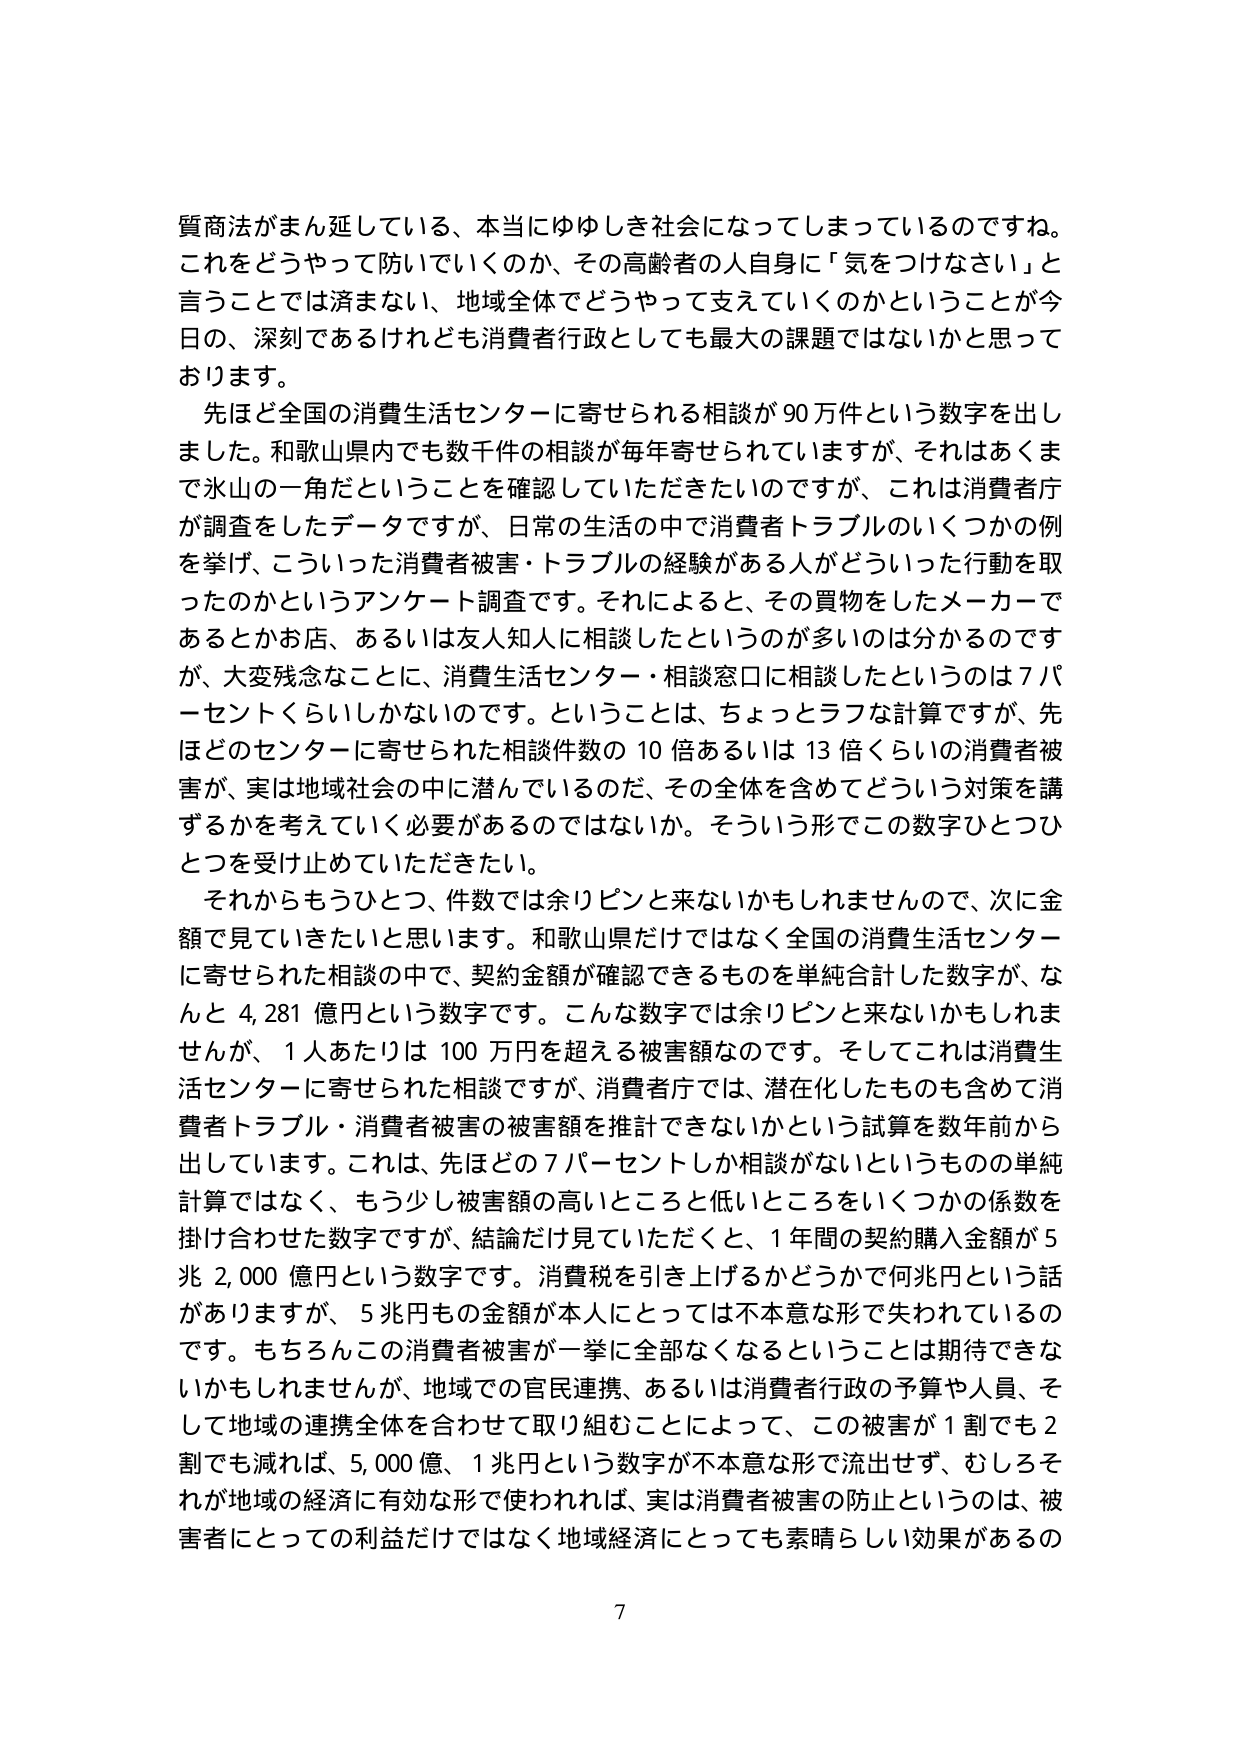
質商法がまん延している、本当にゆゆしき社会になってしまっているのですね。これをどうやって防いでいくのか、その高齢者の人自身に「気をつけてください」と言うことででは済まない、地域全体でどうやって支えていくのかということが今日の、深刻であるけれども消費者行政としても最大の課題ではないかと思っております。

先ほど全国の消費生活センターに寄せられる相談が90万件という数字を出しました。和歌山県内でも数千件の相談が毎年寄せられていますが、それはあくまで氷山の一角だということを確認していただきたいのですが、これは消費者庁が調査をしたデータですが、日常の生活の中で消費者トラブルのいくつかの例を挙げ、こういった消費者被害・トラブルの経験がある人がどういった行動を取ったのかというアンケート調査です。それによると、その買物をしたメーカーであるとかお店、あるいは友人知人に相談したというのが多いのは分かるのですが、大変残念なことに、消費生活センター・相談窓口に相談したというのは7パーセントくらいしかないのです。ということは、ちょっとラフな計算ですが、先ほどのセンターに寄せられた相談件数の10倍あるいは13倍くらいの消費者被害が、実は地域社会の中に潜んでいるのだ、その全体を含めてどういう対策を講ずるかを考えていく必要があるのではないでしょうか。そういう形でこの数字ひとつひとつを受け止めていただきたい。

それからもうひとつ、件数では余りピンと来ないかもしれませんが、次に金額で見ていきたいと思います。和歌山県だけではなく全国の消費生活センターに寄せられた相談の中で、契約金額が確認できるものを単純合計した数字が、なんと4,281億円という数字です。こんな数字では余りピンと来ないかもしれませんが、1人あたりは100万円を超える被害額なのです。そしてこれは消費生活センターに寄せられた相談ですが、消費者庁では、潜在化したものも含めて消費者トラブル・消費者被害の被害額を推計できないかという試算を数年前から出しています。これは、先ほどの7パーセントしか相談がないというものの単純計算ではなく、もう少し被害額の高いところと低いところをいくつかの係数を掛け合わせた数字ですが、結論だけ見ていただくと、1年間の契約購入金額が5兆2,000億円という数字です。消費税を引き上げるかどうかで何兆円という話がありますが、5兆円もの金額が本人にとっては不本意な形で失われているのです。もちろんこの消費者被害が一挙に全部なくなるということは期待できないかもしれませんが、地域での官民連携、あるいは消費者行政の予算や人員、そして地域の連携全体を合わせて取り組むことによって、この被害が1割でも2割でも減れば、5,000億、1兆円という数字が不本意な形で流出せず、むしろそれが地域の経済に有効な形で使われれば、実は消費者被害の防止というのは、被害者にとっての利益だけではなく地域経済にとっても素晴らしい効果があるの

7